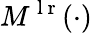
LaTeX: M^{\mathrm{~l~r~}}(\cdot)